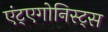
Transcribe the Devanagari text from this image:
एंट्एगोनिस्ट्स